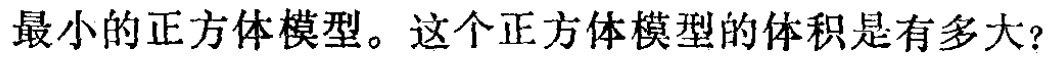
最小的正方体模型。这个正方体模型的体积是有多大？